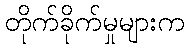
တိုက်ခိုက်မှုများက